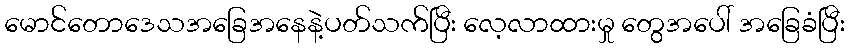
မောင်တောဒေသအခြေအနေနဲ့ပတ်သက်ပြီး လေ့လာထားမှု တွေအပေါ် အခြေခံပြီး